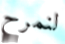
لنمرح